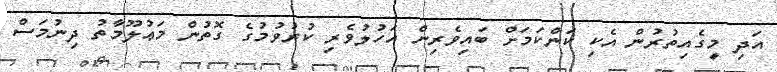
އަދި މީގެއިތުރުން އެކި ކަންކަމަށް ބައިވެރިން އަހުލުވެރި ކުރުވުމުގެ ގޮތުން މަޢުލޫމާތު ދިނުމަސް